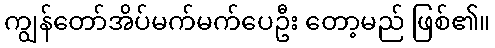
ကျွန်တော်အိပ်မက်မက်ပေဦး တော့မည် ဖြစ်၏။